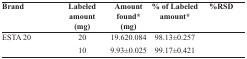
<table><thead><tr><td><b>Brand</b></td><td><b>Labeled amount (mg)</b></td><td><b>Amount found* (mg)</b></td><td><b>% of Labeled amount*</b></td><td><b>%RSD</b></td></tr></thead><tbody><tr><td>ESTA 20</td><td>20</td><td>19.620.084</td><td>98.13±0.257</td><td>[EMPTY_CELL]</td></tr><tr><td>[EMPTY_CELL]</td><td>10</td><td>9.93±0.025</td><td>99.17±0.421</td><td>[EMPTY_CELL]</td></tr></tbody></table>